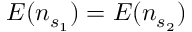
E ( n _ { s _ { 1 } } ) = E ( n _ { s _ { 2 } } )